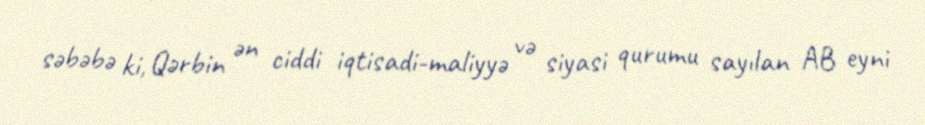
səbəbə ki, Qərbin ən ciddi iqtisadi-maliyyə və siyasi qurumu sayılan AB eyni